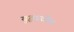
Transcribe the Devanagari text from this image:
युद्धप्रवीण